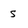
Character: s